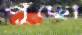
পুঁছো